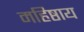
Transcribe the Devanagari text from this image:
महिष्ठाय